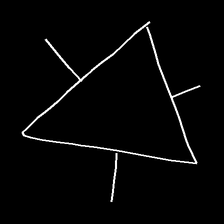
Glyph: fire